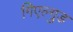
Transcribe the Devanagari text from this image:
गिएल्गुड